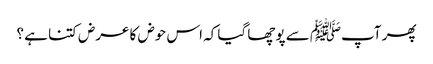
پھر آپﷺ سے پوچھا گیا کہ اس حوض کا عرض کتنا ہے ؟